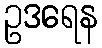
ဥဒရေန